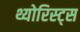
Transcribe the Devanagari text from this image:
थ्योरिस्ट्स